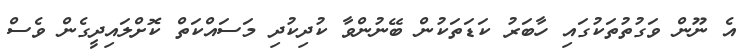
އެ ނޫން ވަގުތުތަކުގައި ހާބަރު ކަޑަތަކުން ބޭނުންވާ ކުދިކުދި މަސައްކަތް ކޮށްލައިދީގެން ވެސް